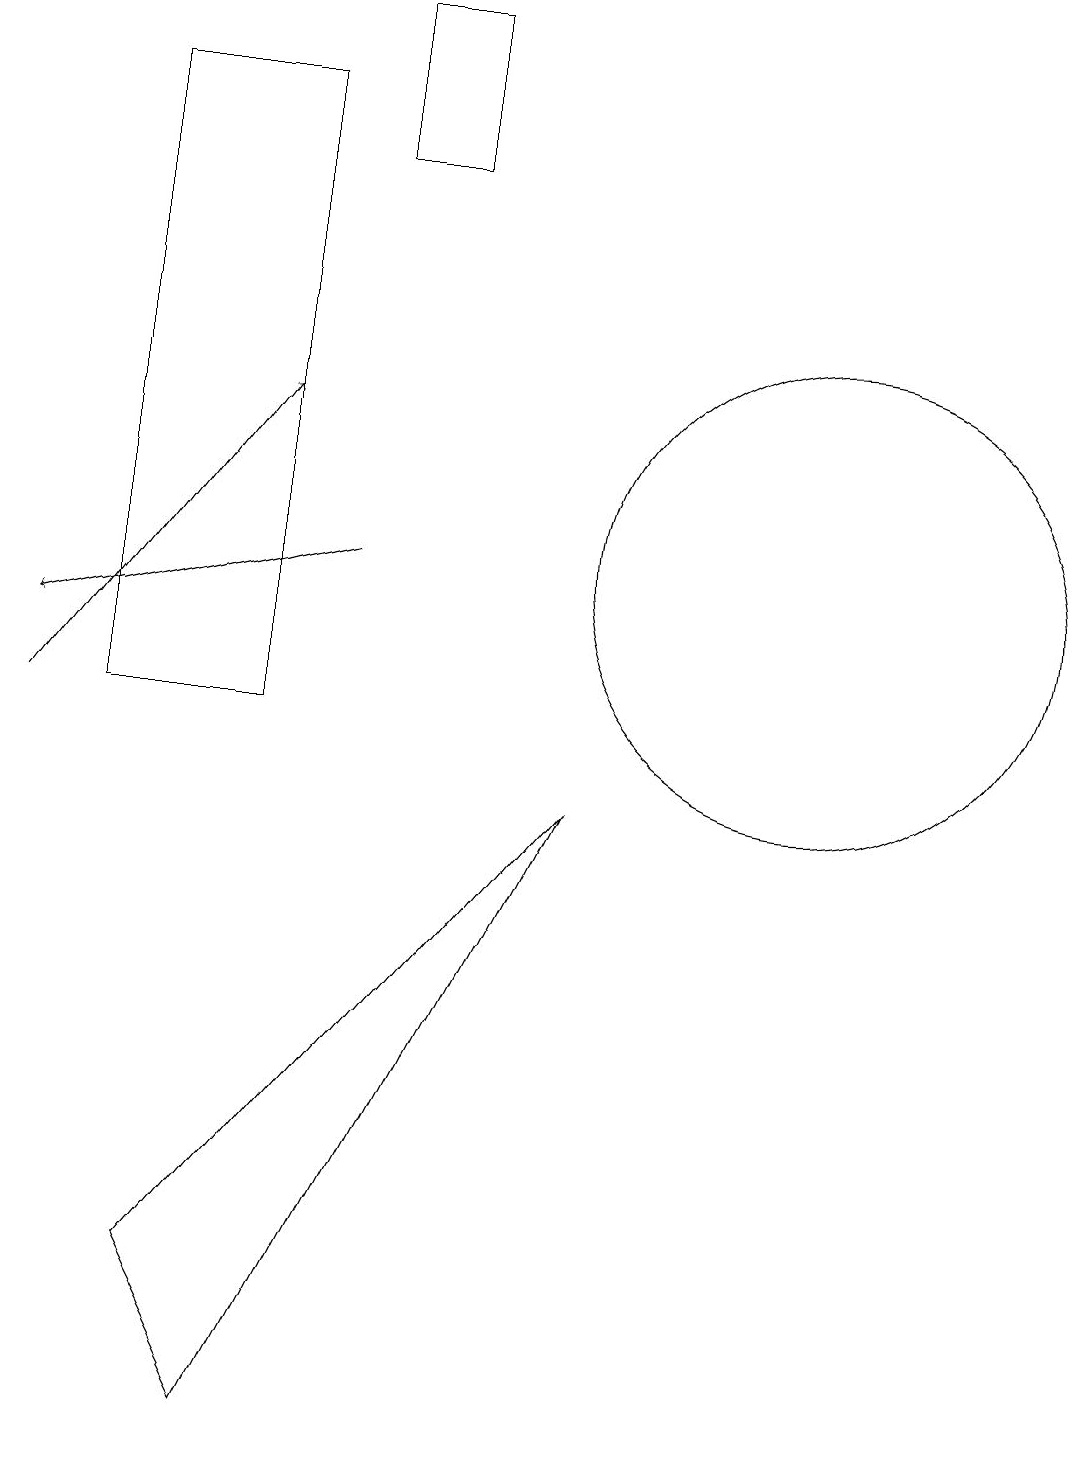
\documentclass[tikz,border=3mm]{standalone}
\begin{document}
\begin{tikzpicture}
\draw[->] (0,10) -- (3,14);
\draw (4,17) rectangle (5,19);
\draw (2,3) -- (3,1) -- (7,9) -- cycle;
\draw (10,12) circle (3);
\draw (3,18) rectangle (1,10);
\draw[->] (4,12) -- (0,11);
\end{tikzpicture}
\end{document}